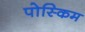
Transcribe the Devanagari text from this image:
पोस्किम